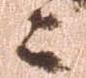
々